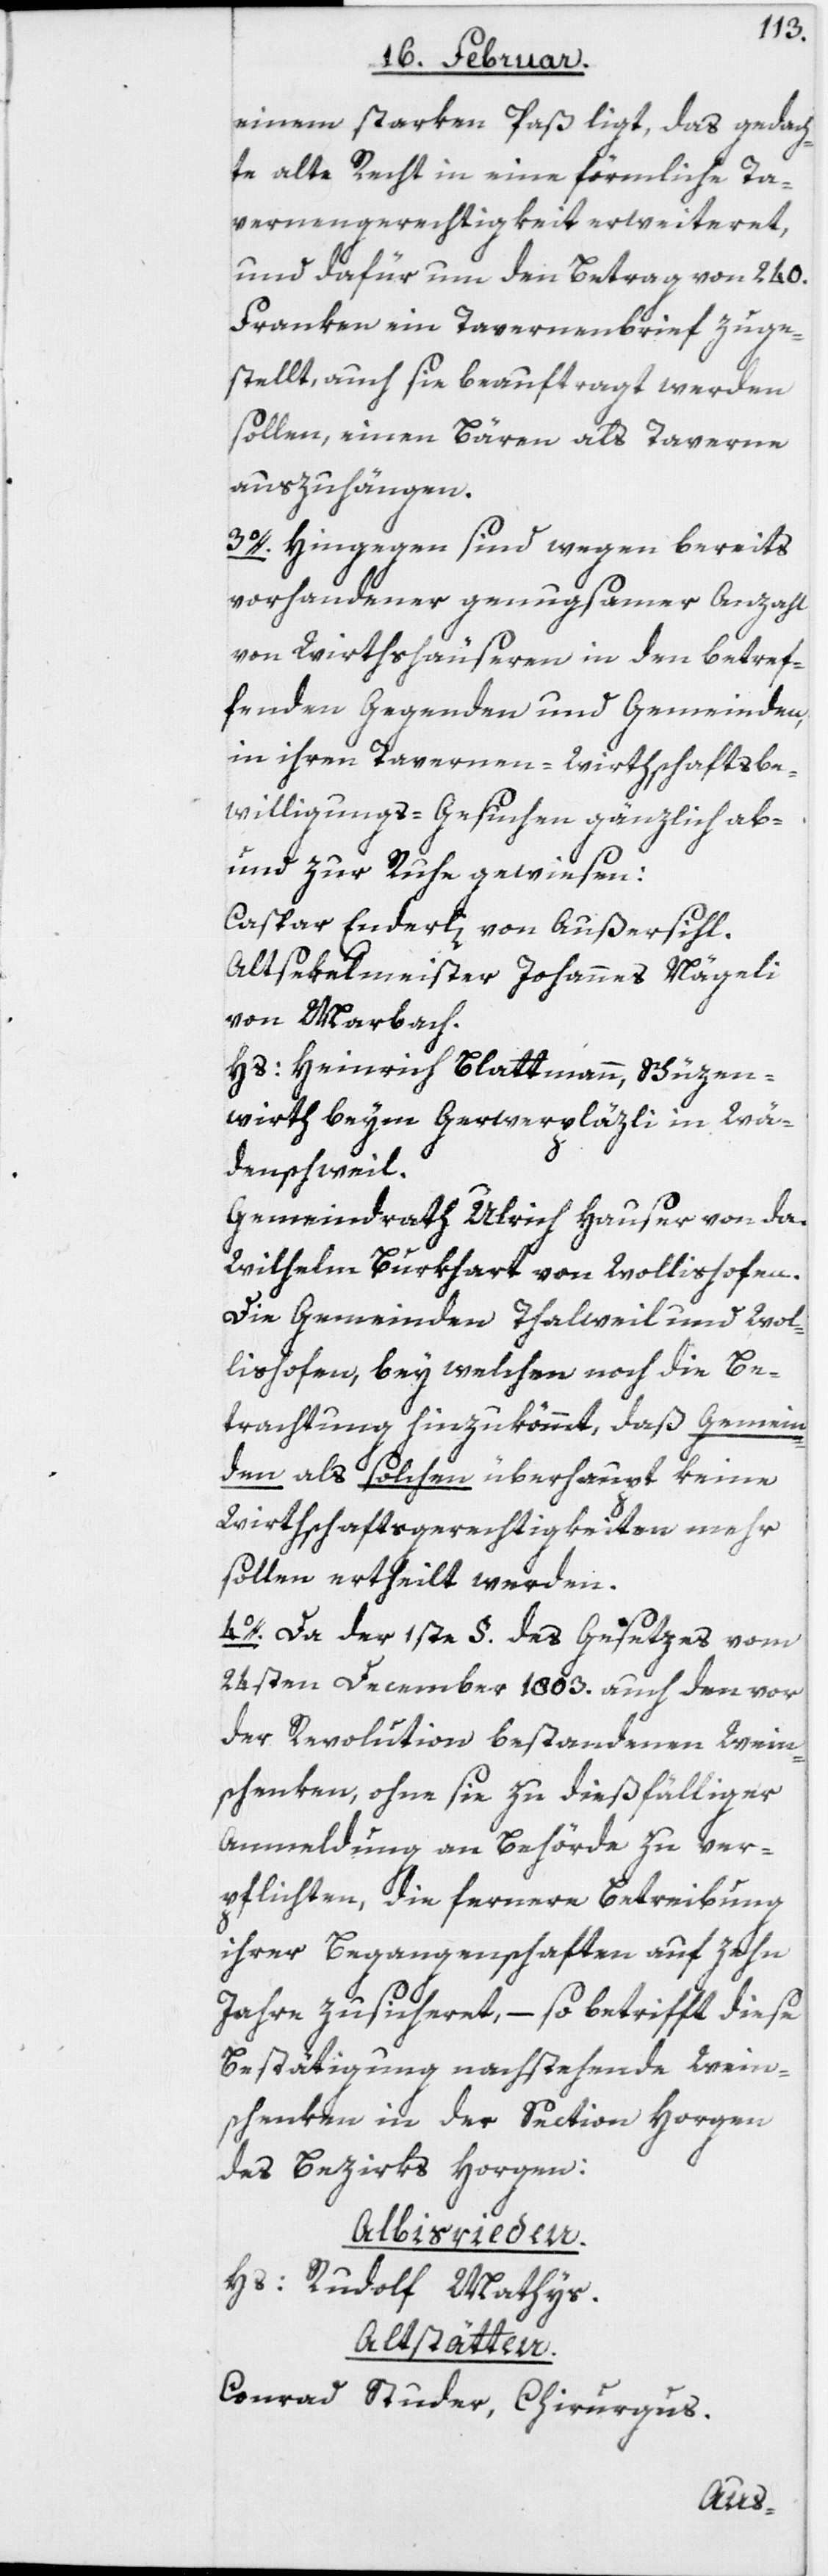
einem starken Paß liegt, das gedach¬
te alte Recht in eine förmliche Ta¬
vernengerechtigkeit erweiteret,
und dafür um den Betrag von 240.
Franken ein Tavernenbrief zuge¬
stellt, auch sie beauftragt werden
sollen, einen Bären als Taverne
auszuhängen.
3o. Hingegen sind wegen bereits
vorhandener genugsamer Anzahl
von Wirthshäuseren in den betref¬
fenden Gegenden und Gemeinden,
in ihren Tavernen-Wirthschaftsbe¬
willigungs-Gesuchen gänzlich ab-
und zur Ruhe gewiesen:
Caspar Enderli von Außersihl.
Altsekelmeister Johannes Nägeli
von Marbach.
Hs: Heinrich Blattmann, Schüzen¬
wirth beym Gerwerpläzli in Wä¬
denschweil.
Gemeindrath Ulrich Hauser von da.
Wilhelm Burkhart von Wollishofen.
Die Gemeinden Thalweil und Wol¬
lishofen, bey welchen noch die Be¬
trachtung hinzukömmt, daß Gemein¬
den als solchen überhaupt keine
Wirthschaftsgerechtigkeiten mehr
sollen ertheilt werden.
4o. Da der 1ste §. des Gesetzes vom
24sten December 1803. auch den vor
der Revolution bestandenen Wein¬
schenken, ohne sie zu dießfälliger
Anmeldung an Behörde zu ver¬
pflichten, die fernere Betreibung
ihrer Begangenschaften auf zehn
Jahre zusicheret, – so betrifft diese
Bestätigung nachstehende Wein¬
schenken in der Section Horgen
des Bezirks Horgen:
Albisrieden.
Hs: Rudolf Mathys.
Altstätten.
Conrad Studer, Chirurgus.